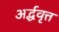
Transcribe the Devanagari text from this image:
अर्द्धवृत्त